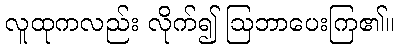
လူထုကလည်း လိုက်၍ ဩဘာပေးကြ၏။